Annual report of the Punjab Veterinary College and of the Civil Veterinary Department, Punjab - 1894-1908
Year: 1894
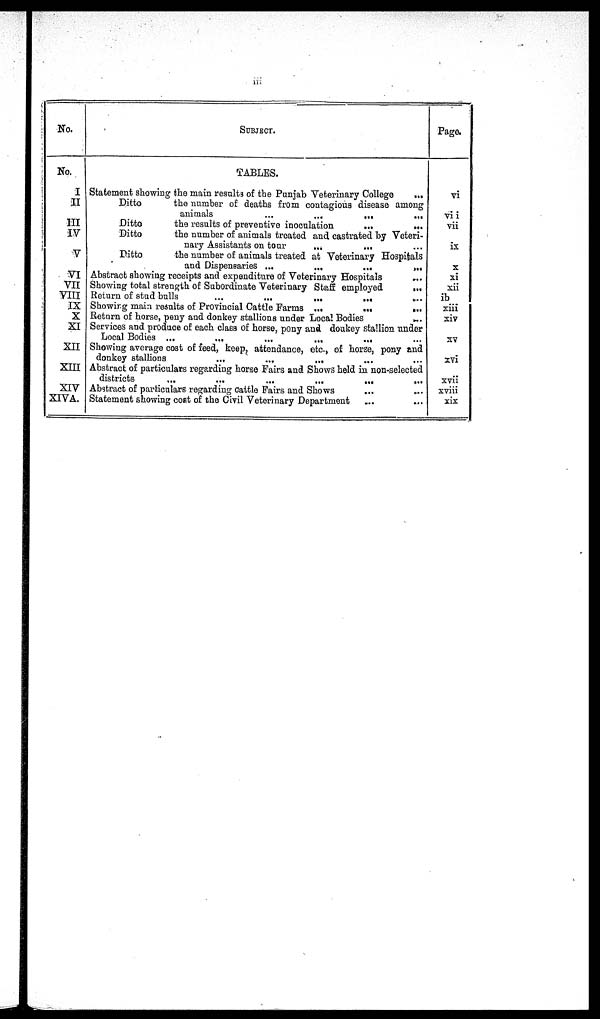
iii.
No.
No.
I
II
III
IV
V
VI
VII
VIII
IX
X
XI
XII
XIII
XIV
XIVA.
SUBJECT.
TABLES.
Statement showing the main results of the Punjab Veterinary College
...
Ditto
the number of deaths from contagious disease among
animals
...
...
...
...
Ditto
the results of preventive inoculation
...
...
Ditto
the number of animals treated and castrated by Veteri-
nary Assistants on tour
...
...
Ditto
the number of animals treated at Veterinary Hospitals
and Dispensaries ...
...
...
...
Abstract showing receipts and expenditure of Veterinary Hospitals
Showing total strength of Subordinate Veterinary Staff employed
...
Return of stud bulls
...
...
...
...
...
Showing main results of Provincial Cattle Farms ...
...
...
Return of horse, pony and donkey stallions under Local Bodies
...
Services and produce of each class of horse, pony and donkey stallion under
Local Bodies ...
...
...
...
...
Showing average cost of feed, keep, attendance, etc., of horse, pony and
donkey stallions
...
...
...
Abstract of particulars regarding horse Fairs and Shows held in non-selected
districts
...
...
...
...
...
...
Abstract of particulars regarding Cattle Fairs and Shows ... ...
Statement showing cost of the Civil Veterinary Department ... ...
Page.
vi
vii
vii
ix
X
xi
xii
ib ...
xiii
xiv
xv
xvi
xvii
xviii
xix